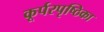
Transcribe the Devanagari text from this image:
कूर्परपृष्ठिका